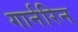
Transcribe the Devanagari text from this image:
गार्नरिन